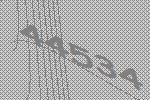
44534